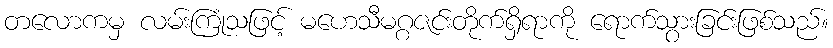
တလောကမှ လမ်းကြုံသဖြင့် မဟေသီမဂ္ဂဇင်းတိုက်ရှိရာကို ရောက်သွားခြင်းဖြစ်သည်။